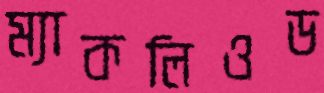
ম্যাকলিওড